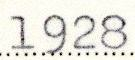
1928